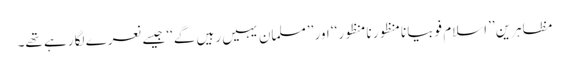
مظاہرین ’’اسلام فوبیا نامنظور نامنظور‘‘ اور ’’مسلمان یہیں رہیں گے‘‘ جیسے نعرے لگا رہے تھے۔